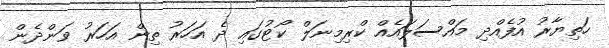
ހަތިޔާރު އުފެއްދި މައްސަލައެއް ކްރިމިނަލް ކޯޓުގައި ދެ އަހަރު ތިން އަހަރު ވަންދެން